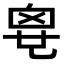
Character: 𠃼